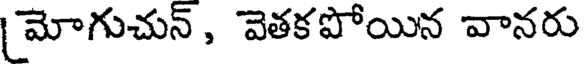
మోగుచున్, వెతకపోయిన వానరు